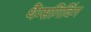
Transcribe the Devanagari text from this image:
थैंग्सगिविंग